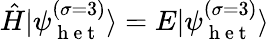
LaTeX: \hat{H}|\psi_{\mathrm{~h~e~t~}}^{\left(\sigma=3\right)}\rangle=E|\psi_{\mathrm{~h~e~t~}}^{\left(\sigma=3\right)}\rangle